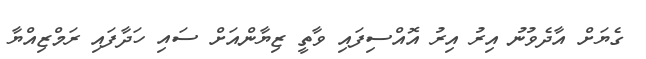
ގެޔަށް އާދެވުނު އިރު އިރު އޮއްސިފައި ވާތީ ޒިޔާންއަށް ސައި ހަދާފައި ރަމްޒިއްޔާ